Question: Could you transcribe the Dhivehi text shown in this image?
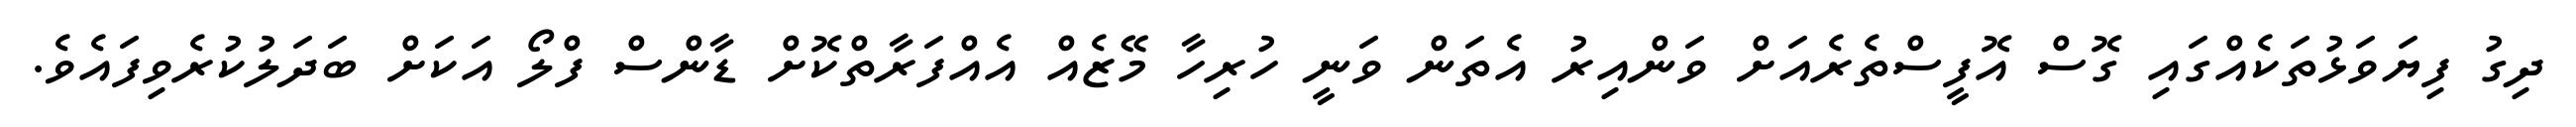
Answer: ދިގު ފިޔަވަޅުތަކެއްގައި ގޮސް އޮފީސްތެރެއަށް ވަންއިރު އެތަން ވަނީ ހުރިހާ މޭޒެއް އެއްފަރާތްކޮށް ޑާންސް ފްލޯ އަކަށް ބަދަލުކުރެވިފައެވެ.